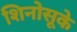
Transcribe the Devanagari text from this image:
शिनोसूके